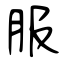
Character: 服